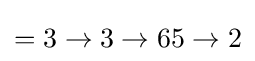
=3\rightarrow 3\rightarrow 65\rightarrow 2